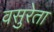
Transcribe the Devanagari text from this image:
वसुरेता